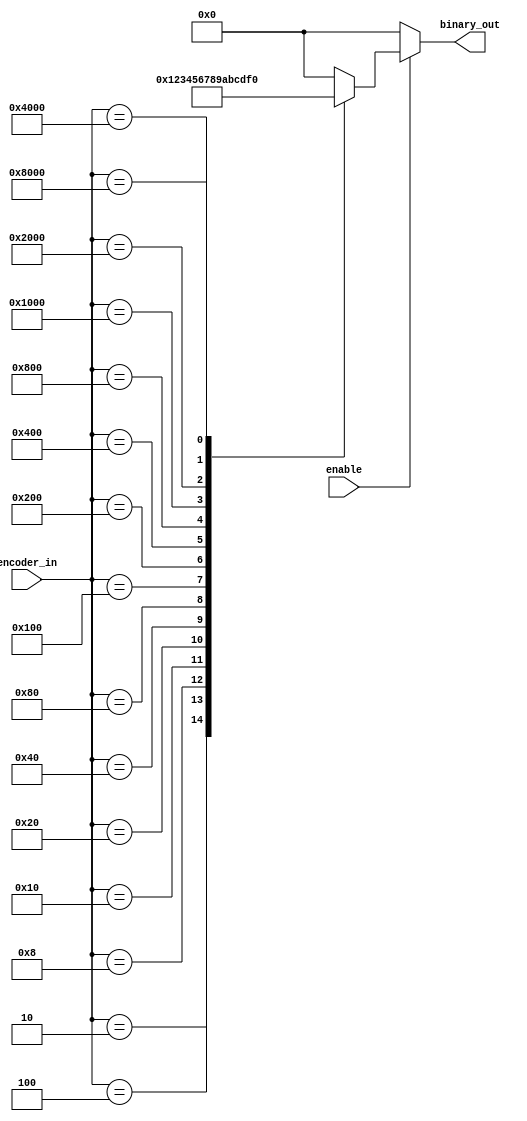
module encoder_using_case(
binary_out , //  4 bit binary Output
encoder_in , //  16-bit Input
enable       //  Enable for the encoder
);
output [3:0] binary_out  ;
input  enable ; 
input [15:0] encoder_in ; 
     
reg [3:0] binary_out ;
      
always @ (enable or encoder_in)
begin
  binary_out = 0;
  if (enable) begin
    case (encoder_in) 
      16'h0002 : binary_out = 1; 
      16'h0004 : binary_out = 2; 
      16'h0008 : binary_out = 3; 
      16'h0010 : binary_out = 4;
      16'h0020 : binary_out = 5; 
      16'h0040 : binary_out = 6; 
      16'h0080 : binary_out = 7; 
      16'h0100 : binary_out = 8;
      16'h0200 : binary_out = 9;
      16'h0400 : binary_out = 10; 
      16'h0800 : binary_out = 11; 
      16'h1000 : binary_out = 12; 
      16'h2000 : binary_out = 13; 
      16'h4000 : binary_out = 14; 
      16'h8000 : binary_out = 15; 
   endcase
  end
end

endmodule